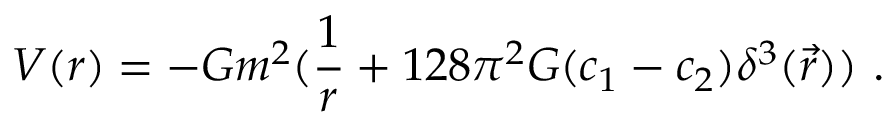
V ( r ) = - G m ^ { 2 } ( { \frac { 1 } { r } } + 1 2 8 \pi ^ { 2 } G ( c _ { 1 } - c _ { 2 } ) \delta ^ { 3 } ( \vec { r } ) ) ~ .